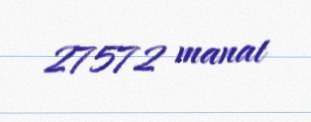
27572 manat